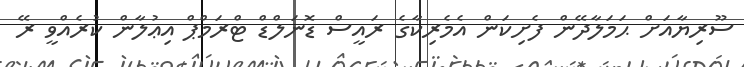
ސޫރިޔާއަށް ޙަމަލާދޭން ފެށިކަން އެމެރިކާގެ ރައީސް ޑޮނަލްޑް ޓްރަމްޕް އިޢުލާން ކުރެއްވީ ރޭ